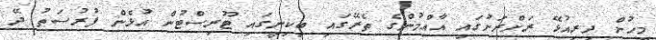
މީހުން ދިރިއުޅޭ ރަށްރަށުގައި އާއްމުންގެ ތެރޭގައި ބިކިނީގައި ޓޫރިސްޓުން އުޅެން ފުރުސަތު ދޭ